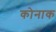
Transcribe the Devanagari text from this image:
कोनाक